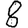
Digit: 8